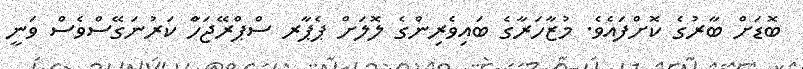
ބޮޑަށް ބާރުގެ ކޮށްފައެވެ. މުޒާހަރާގެ ބައިވެރިންގެ ލޮލަށް ޕެޕާރ ސްޕްރޭޖަހާް ކަރުނަގޭސްވެސް ވަނީ